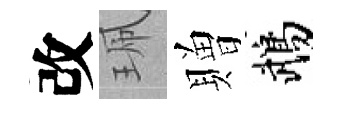
改珮贈鵡